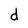
Character: d